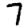
Digit: 7